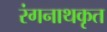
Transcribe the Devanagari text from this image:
रंगनाथकृत